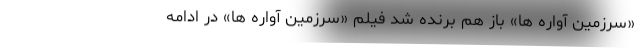
«سرزمین آواره ها» باز هم برنده شد فیلم «سرزمین آواره ها» در ادامه